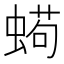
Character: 𱿵